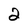
Character: 2